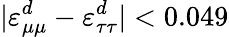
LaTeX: \vert\varepsilon_{\mu\mu}^{d}-\varepsilon_{\tau\tau}^{d}\vert<0.049